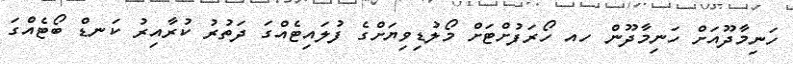
ހަނިމާދޫއަށް ހަނިމާދޫން ހއ ހޯރަފުށްޓަށް މޯލުޑިވިޔަށްގެ ފުލައިޓެއްގަ ދަތުރު ކުރާއިރު ކަނޑް ބޯޓެެއްގަ